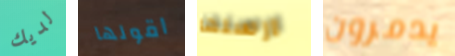
لديك اقولها ارسلها يدمرون